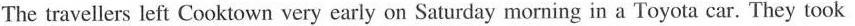
The travellers left Cooktown very early on Saturday morning in a Toyota car. They took